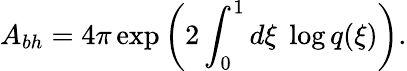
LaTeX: A_{bh}=4\pi\exp\left(2\int_{0}^{1}d\xi\; \log q(\xi)\right).